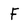
Character: f